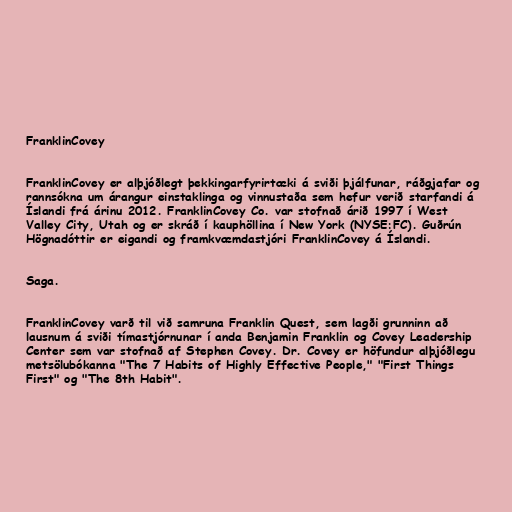
FranklinCovey

FranklinCovey er alþjóðlegt þekkingarfyrirtæki á sviði þjálfunar, ráðgjafar og
rannsókna um árangur einstaklinga og vinnustaða sem hefur verið starfandi á
Íslandi frá árinu 2012. FranklinCovey Co. var stofnað árið 1997 í West
Valley City, Utah og er skráð í kauphöllina í New York (NYSE:FC). Guðrún
Högnadóttir er eigandi og framkvæmdastjóri FranklinCovey á Íslandi.

Saga.

FranklinCovey varð til við samruna Franklin Quest, sem lagði grunninn að
lausnum á sviði tímastjórnunar í anda Benjamin Franklin og Covey Leadership
Center sem var stofnað af Stephen Covey. Dr. Covey er höfundur alþjóðlegu
metsölubókanna "The 7 Habits of Highly Effective People," "First Things
First" og "The 8th Habit".